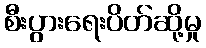
စီးပွားရေးပိတ်ဆို့မှု